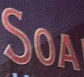
SOA